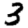
Digit: 3